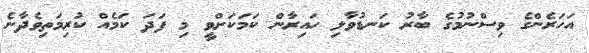
އަހަރެންގެ ވިސްނުމުގެ ބާރު ކަނޑުވާލި ހައިރާން ކަމަކަށްވީ މި ފަދަ ކަމެއް ކުރިމަތިވެދާނެ